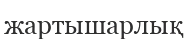
жартышарлық